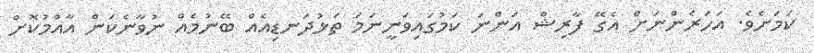
ކަމަށެވެ. އަހަރެންނަށް އެގޭ ފާރިޝް އަންނަ ކަމުގައިވަނީނަމަ ތަޅުދަނޑިއެއް ބޭނުމެއް ނުވާނެކަން އާއްމުކޮށް